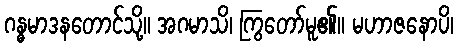
ဂန္ဓမာဒနတောင်သို့။ အဂမာသိ၊ ကြွတော်မူ၏။ မဟာဇနောပိ၊